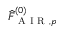
\widehat { F } _ { \mathrm { ~ A ~ I ~ R ~ } , p } ^ { ( 0 ) }